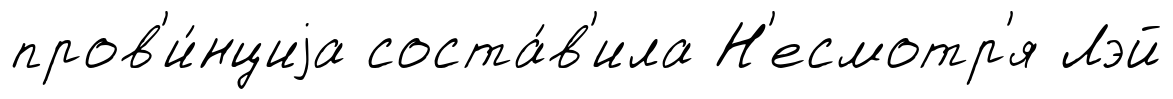
пров'и́нциjа соста́в'ила Н'есмотр'я Лэй